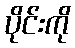
ပိုင်းကို